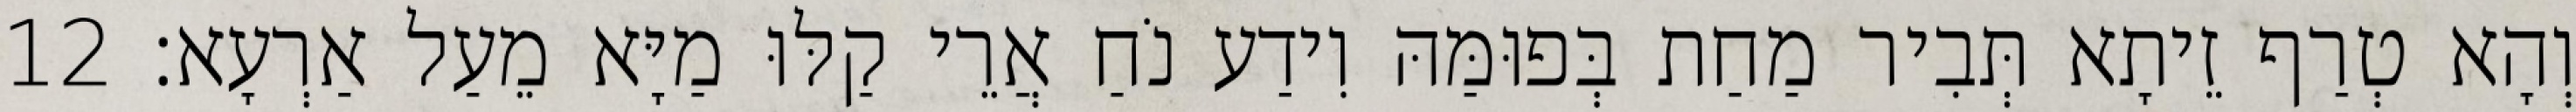
וְהָא טְרַף זֵיתָא תְּבִיר מַחַת בְּפוּמַּהּ וִידַע נֹחַ אֲרֵי קַלּוּ מַיָּא מֵעַל אַרְעָא׃ 12